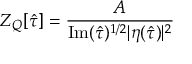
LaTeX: Z _ { Q } [ \hat { \tau } ] = \frac { A } { \mathrm { I m } ( \hat { \tau } ) ^ { 1 / 2 } | \eta ( \hat { \tau } ) | ^ { 2 } }